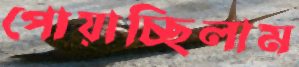
পোয়াচ্ছিলাম